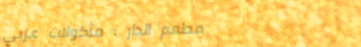
مطعم الدار : مأكولات عربي